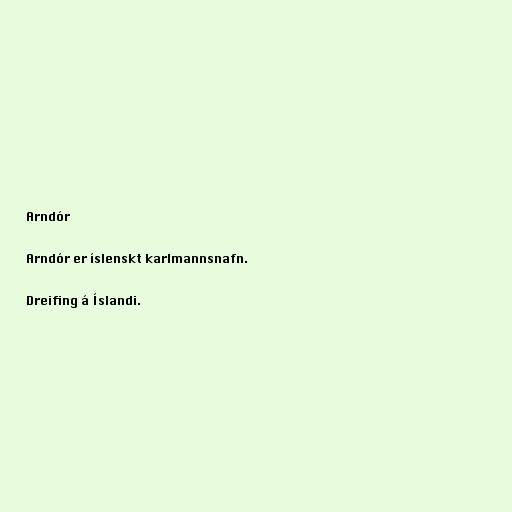
Arndór

Arndór er íslenskt karlmannsnafn.

Dreifing á Íslandi.